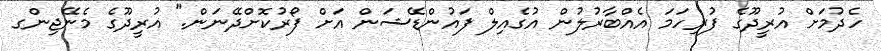
ހެދުމަށް އުރީދޫގެ ފުރިހަމަ އެއްބާރުލުން އުގެއިލް ފައުންޑޭޝަން އަށް ފޯރުކޮށްދޭނަން." އުރީދޫގެ މެނޭޖިންގ